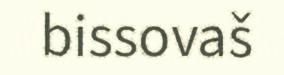
bissovaš